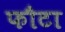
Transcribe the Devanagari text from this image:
फौटा